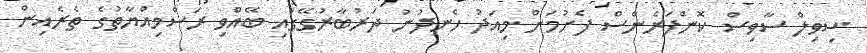
ސިވިލް ސާވިސް ކޮންފަރެންސް ފެށުމަށް މިއަދު ހެނދުނު ދަރުބާރުގޭގައި ބޭއްވި ރަސްމިއްޔާތުގެ ތެރެއިން